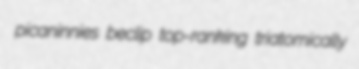
picaninnies beclip top-ranking triatomically